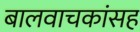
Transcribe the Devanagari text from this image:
बालवाचकांसह